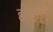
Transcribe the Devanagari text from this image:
होइहै